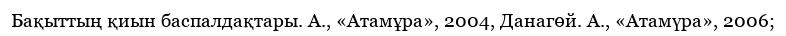
Бақыттың қиын баспалдақтары. А., «Атамұра», 2004, Данагөй. А., «Атамүра», 2006;